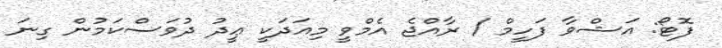
ފޮޓޯ: އަޝްވާ ފަހީމް / ރާއްޖެ އެމްވީ މިއަދަކީ ޢީދު ދުވަސްކަމުން ގިނަ